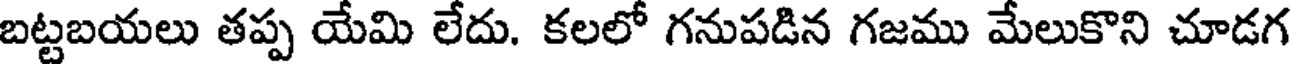
బట్టబయలు తప్ప యేమి లేదు. కలలో గనుపడిన గజము మేలుకొని చూడగ